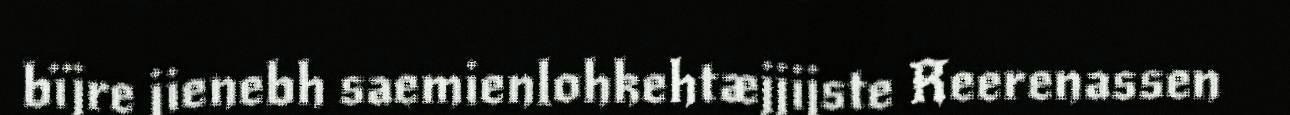
bïjre jienebh saemienlohkehtæjjijste Reerenassen